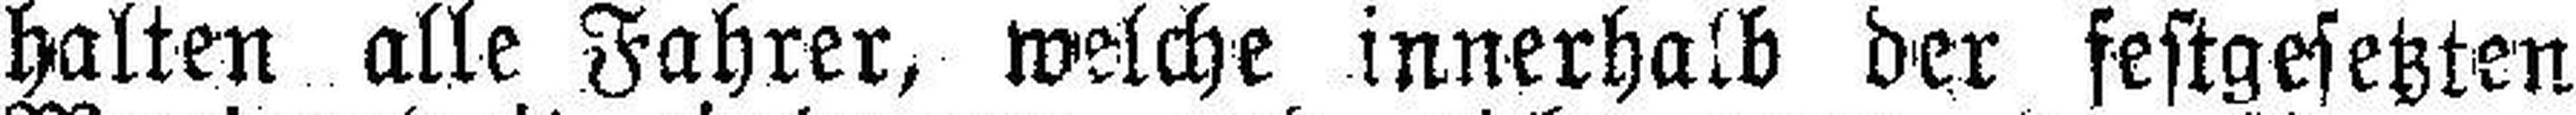
halten alle Fahrer, welche innerhalb der festgesetzten